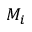
M _ { i }